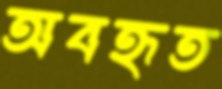
অবহৃত